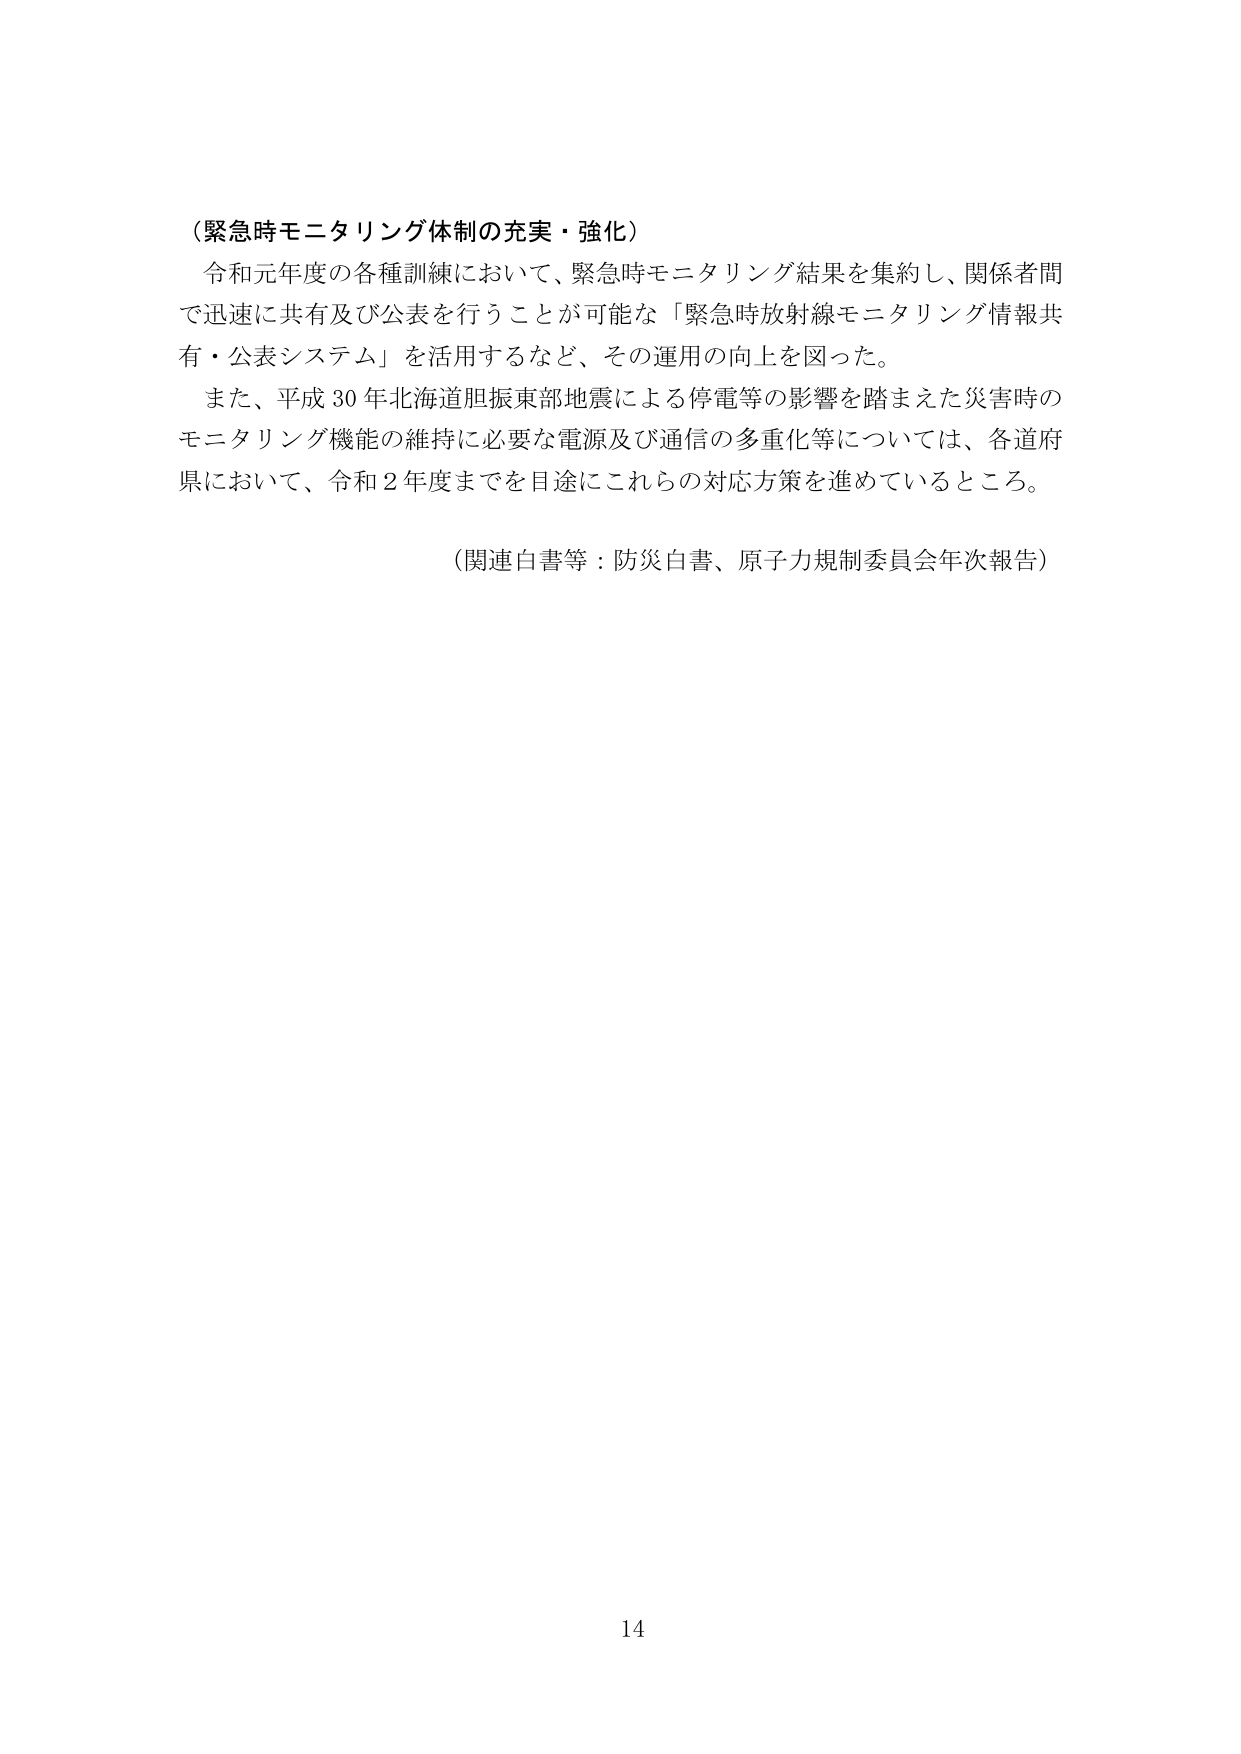
（緊急時モニタリング体制の充実・強化）

令和元年度の各種訓練において、緊急時モニタリング結果を集約し、関係者間で迅速に共有及び公表を行うことが可能な「緊急時放射線モニタリング情報共有・公表システム」を活用するなど、その運用の向上を図った。

また、平成30年北海道胆振東部地震による停電等の影響を踏まえた災害時のモニタリング機能の維持に必要な電源及び通信の多重化等については、各道府県において、令和2年度までを目途にこれらの対応方策を進めているところ。

（関連白書等：防災白書、原子力規制委員会年次報告）

14